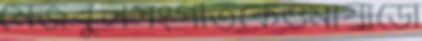
মেজবুলসংগীতকেওমায়াডো